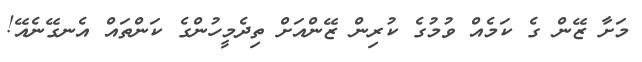
މަށާ ޒޭން ގެ ކަމެއް ވުމުގެ ކުރިން ޒޭންއަށް ތިދެމީހުންގެ ކަންތައް އެނގޭނެއޭ!